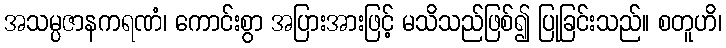
အသမ္ပဇာနကရဏံ၊ ကောင်းစွာ အပြားအားဖြင့် မသိသည်ဖြစ်၍ ပြုခြင်းသည်။ စတူဟိ၊